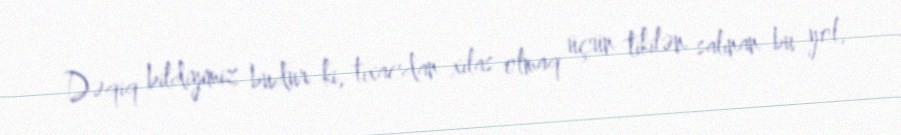
Dəqiq bildiyimiz budur ki, tıxacdan xilas olmaq üçün tikilən salınan bu yol,